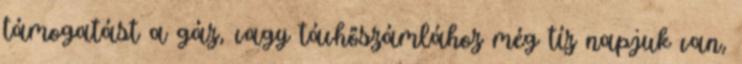
támogatást a gáz, vagy távhőszámlához még tíz napjuk van,